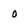
Character: o